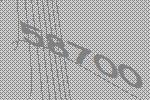
58700